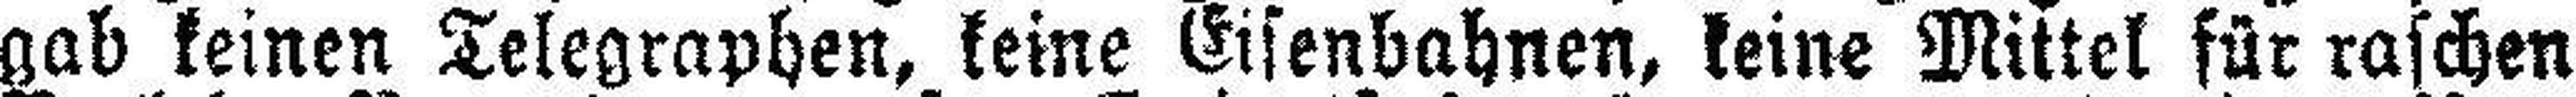
gab keinen Telegraphen, keine Eisenbahnen, keine Mittel für raschen